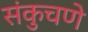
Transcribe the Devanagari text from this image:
संकुचणे